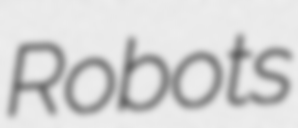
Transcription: Robots